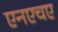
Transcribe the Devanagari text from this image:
एनएचए